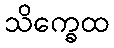
သိက္ခေထ